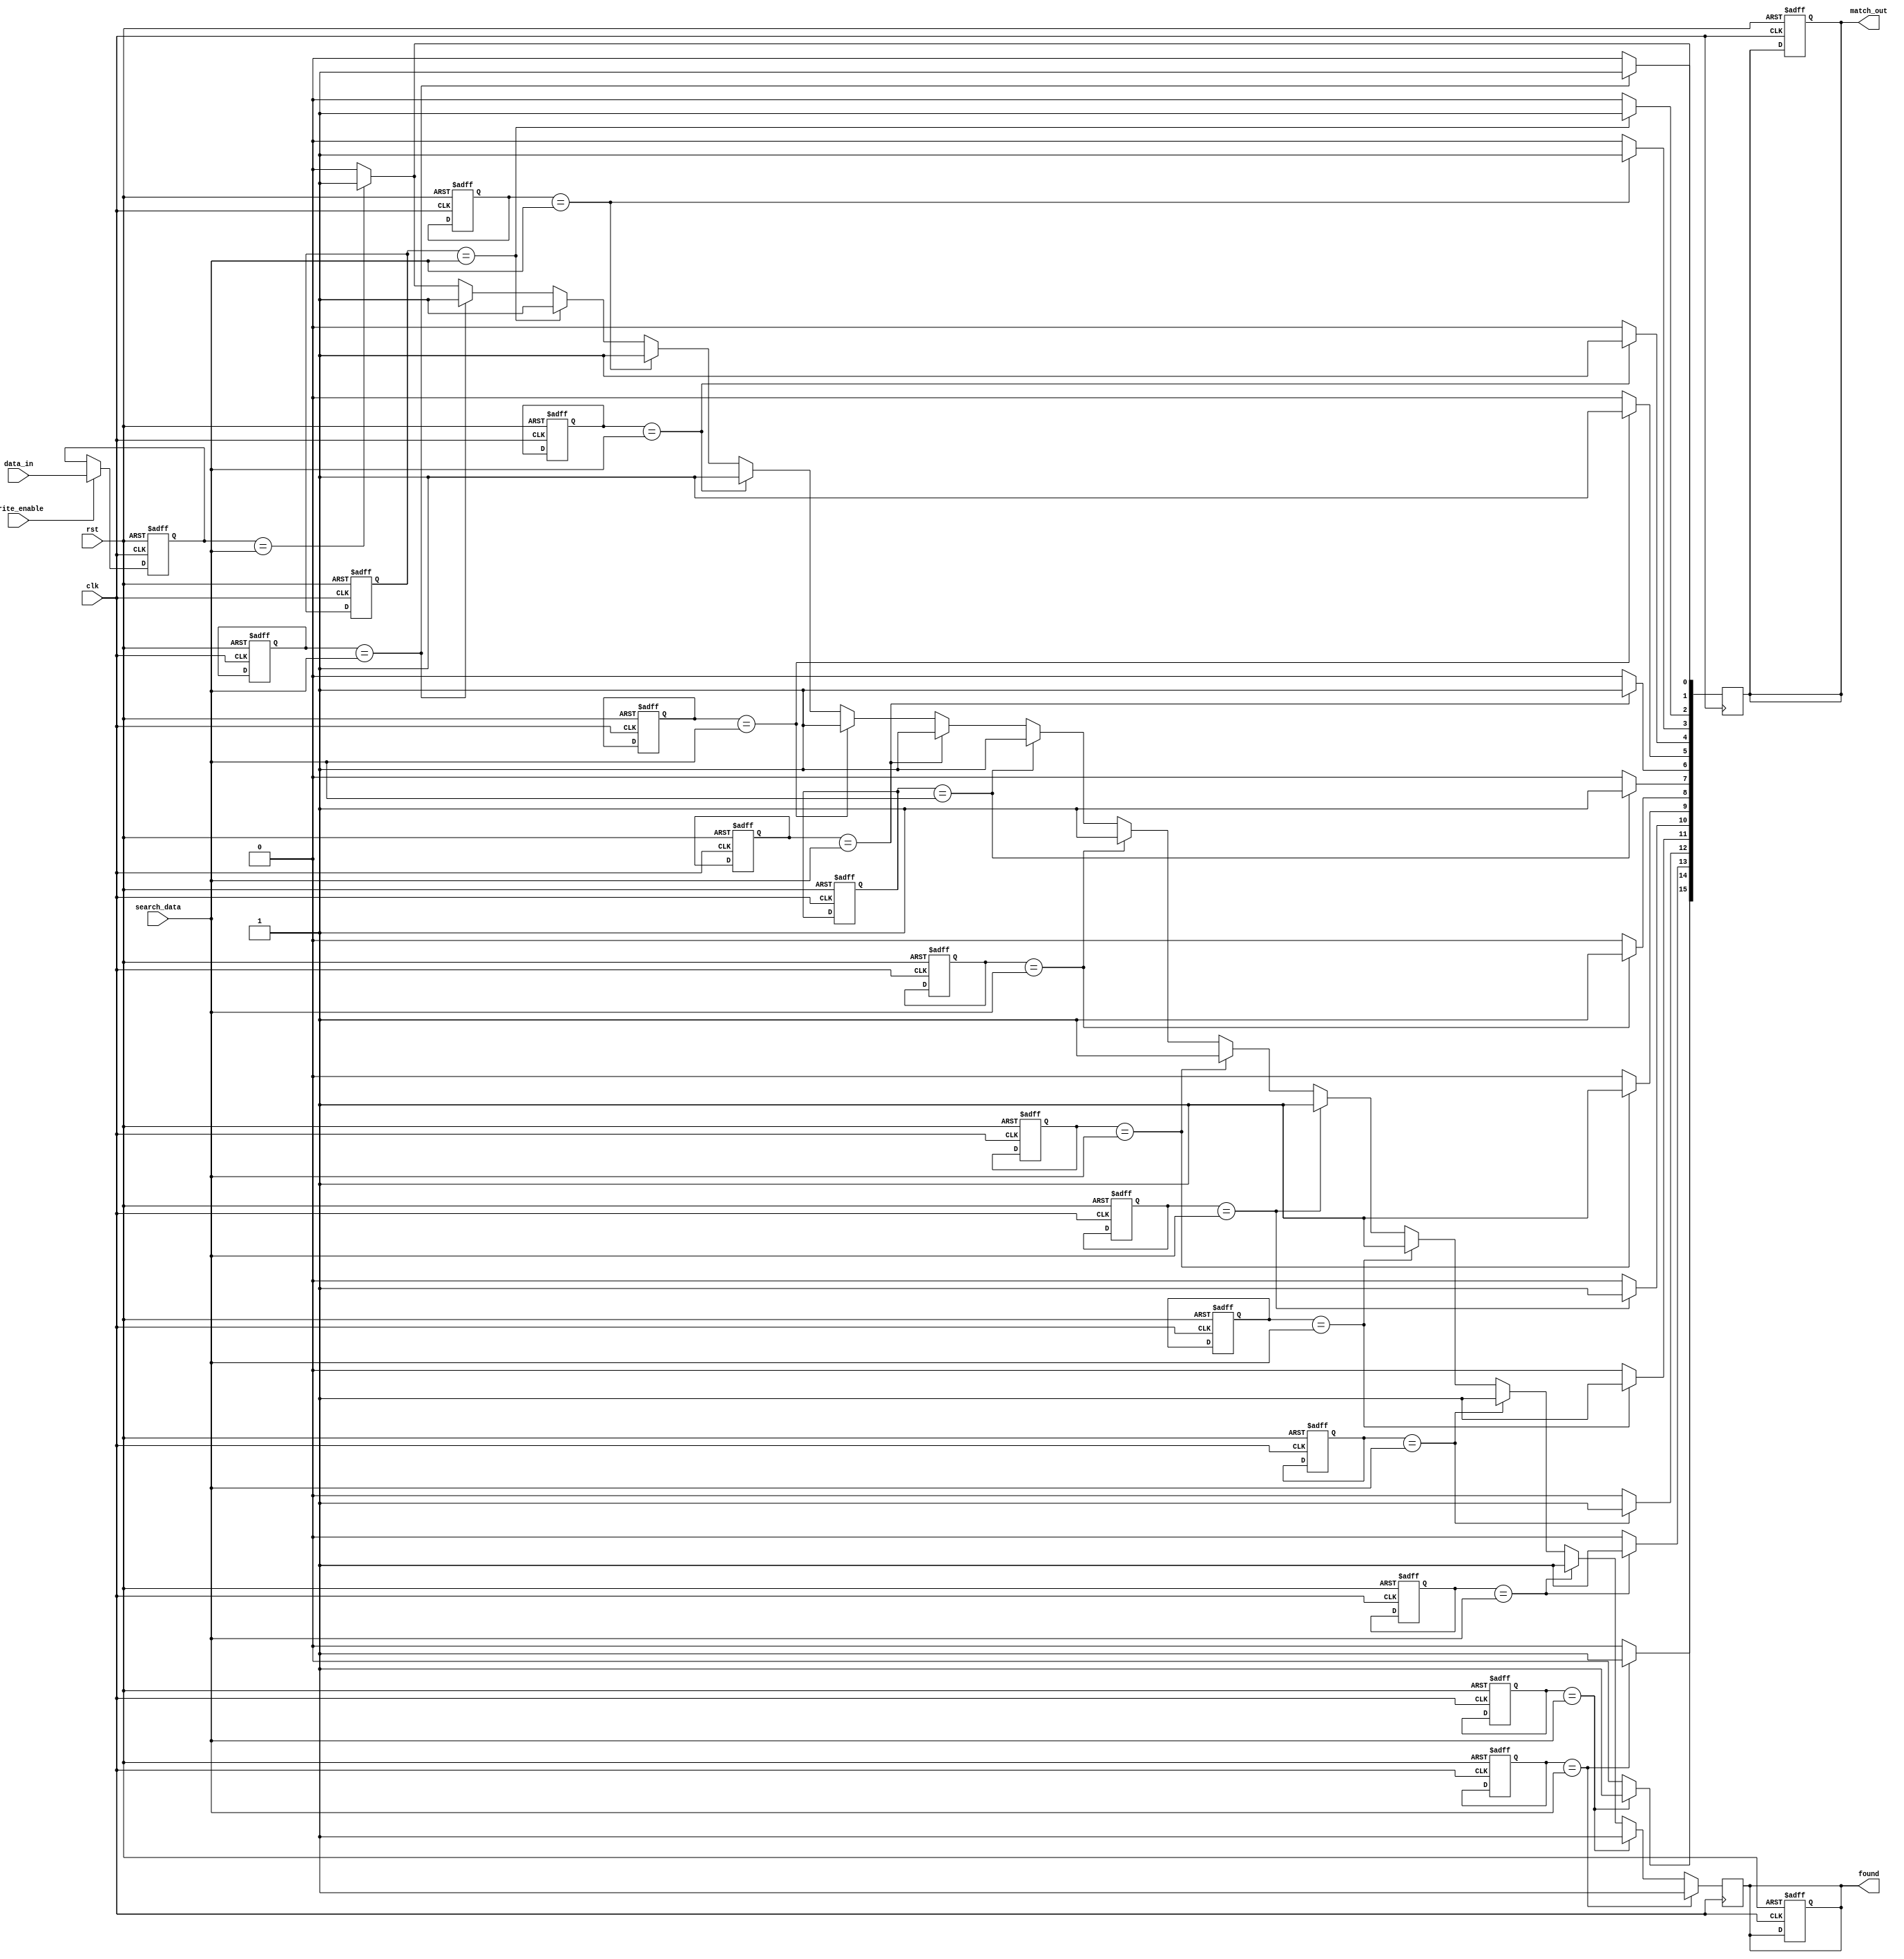
module SequentialCAM #(
    parameter DATA_WIDTH = 8,       // Width of each data entry
    parameter NUM_ROWS = 16          // Number of rows in the CAM
)(
    input wire clk,                  // Clock signal
    input wire rst,                  // Reset signal
    input wire write_enable,         // Write enable signal
    input wire [DATA_WIDTH-1:0] data_in,  // Data input for writing
    input wire [DATA_WIDTH-1:0] search_data, // Data input for searching
    output reg [NUM_ROWS-1:0] match_out, // Match output
    output reg found                 // Found signal indicating any match
);

    // Memory array to hold the CAM entries
    reg [DATA_WIDTH-1:0] cam_memory [0:NUM_ROWS-1];

    // Internal signals for match logic
    reg [NUM_ROWS-1:0] match_lines;
    integer i;

    // Write operation
    always @(posedge clk or posedge rst) begin
        if (rst) begin
            // Reset the CAM memory
            for (i = 0; i < NUM_ROWS; i = i + 1) begin
                cam_memory[i] <= {DATA_WIDTH{1'b0}};
            end
            match_out <= 0;
            found <= 0;
        end else if (write_enable) begin
            // Write data to the CAM (for simplicity, writing to row 0)
            cam_memory[0] <= data_in; // You may want to implement row addressing
        end
    end

    // Search operation
    always @(posedge clk) begin
        match_lines = 0;
        found = 0;

        // Match logic
        for (i = 0; i < NUM_ROWS; i = i + 1) begin
            // Compare search_data with stored data in cam_memory
            if (cam_memory[i] == search_data) begin
                match_lines[i] = 1'b1; // Set match line if there is a match
                found = 1'b1;          // Set found signal
            end
        end
        
        match_out <= match_lines; // Update match output
    end

endmodule